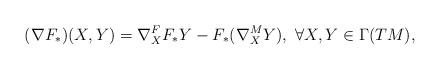
LaTeX: \begin{align*}(\nabla F_\ast) (X,Y) = {\nabla}_X^F F_\ast Y - F_\ast({\nabla}_X^M Y),~\forall X,Y \in \Gamma(TM),\end{align*}